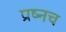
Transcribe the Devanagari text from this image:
प्रष्नच